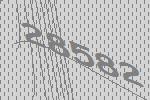
28582